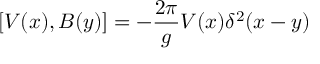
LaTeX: \lbrack V ( x ) , B ( y ) ] = - { \frac { 2 \pi } { g } } V ( x ) \delta ^ { 2 } ( x - y )